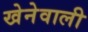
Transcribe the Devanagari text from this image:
खेनेवाली